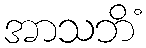
အာသဘိံ